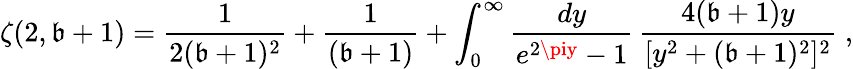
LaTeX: \zeta(2,\mathfrak{b}+1)=\frac{{1}}{{2(\mathfrak{b}+1)^{2}}}+\frac{{1}}{{(\mathfrak{b}+1)}}+\int_{0}^{\infty}\frac{{dy}}{{e^{2\piy}-1}}\, \frac{{4(\mathfrak{b}+1)y}}{{[y^{2}+(\mathfrak{b}+1)^{2}]^{2}}}\; ,